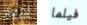
لإبعاد فيلما